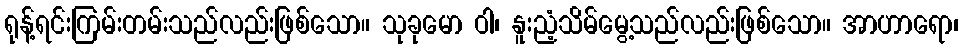
ရုန့်ရင်းကြမ်းတမ်းသည်လည်းဖြစ်သော။ သုခုမော ဝါ၊ နူးညံ့သိမ်မွေ့သည်လည်းဖြစ်သော။ အာဟာရော၊